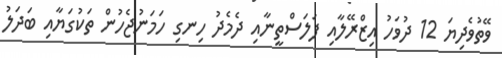
ވޭތުވެދިޔަ 12 ދުވަހު އިޒްރޭލާއި ފަލަސްތީނާއި ދެމެދު ހިނގި ހަމަނުޖެހުން ތަކުގަޔާއި ބަދަލު